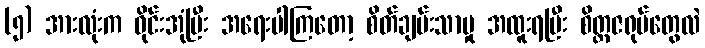
(၅) အားလုံးက ဝိုင်းအုံပြီး အရေးပါကြတော့ စိတ်ချမ်းသာမှု အထူးရပြီး စိတ္တဇရုပ်တွေလဲ